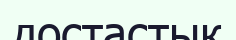
достастық